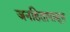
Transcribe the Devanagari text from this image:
जनहितापासून